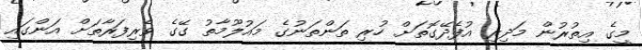
މީގެ އިތުރުން މަދިރި އުފެދޭގޮތަށް ހުރި ތަންތަނުގެ މައުލޫމާތު ގޭގެ ވެރިފަރާތަށް އަންގައި